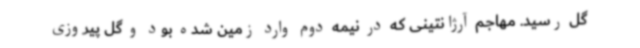
گل رسید. مهاجم آرژانتینی که در نیمه دوم وارد زمین شده بود و گل پیروزی